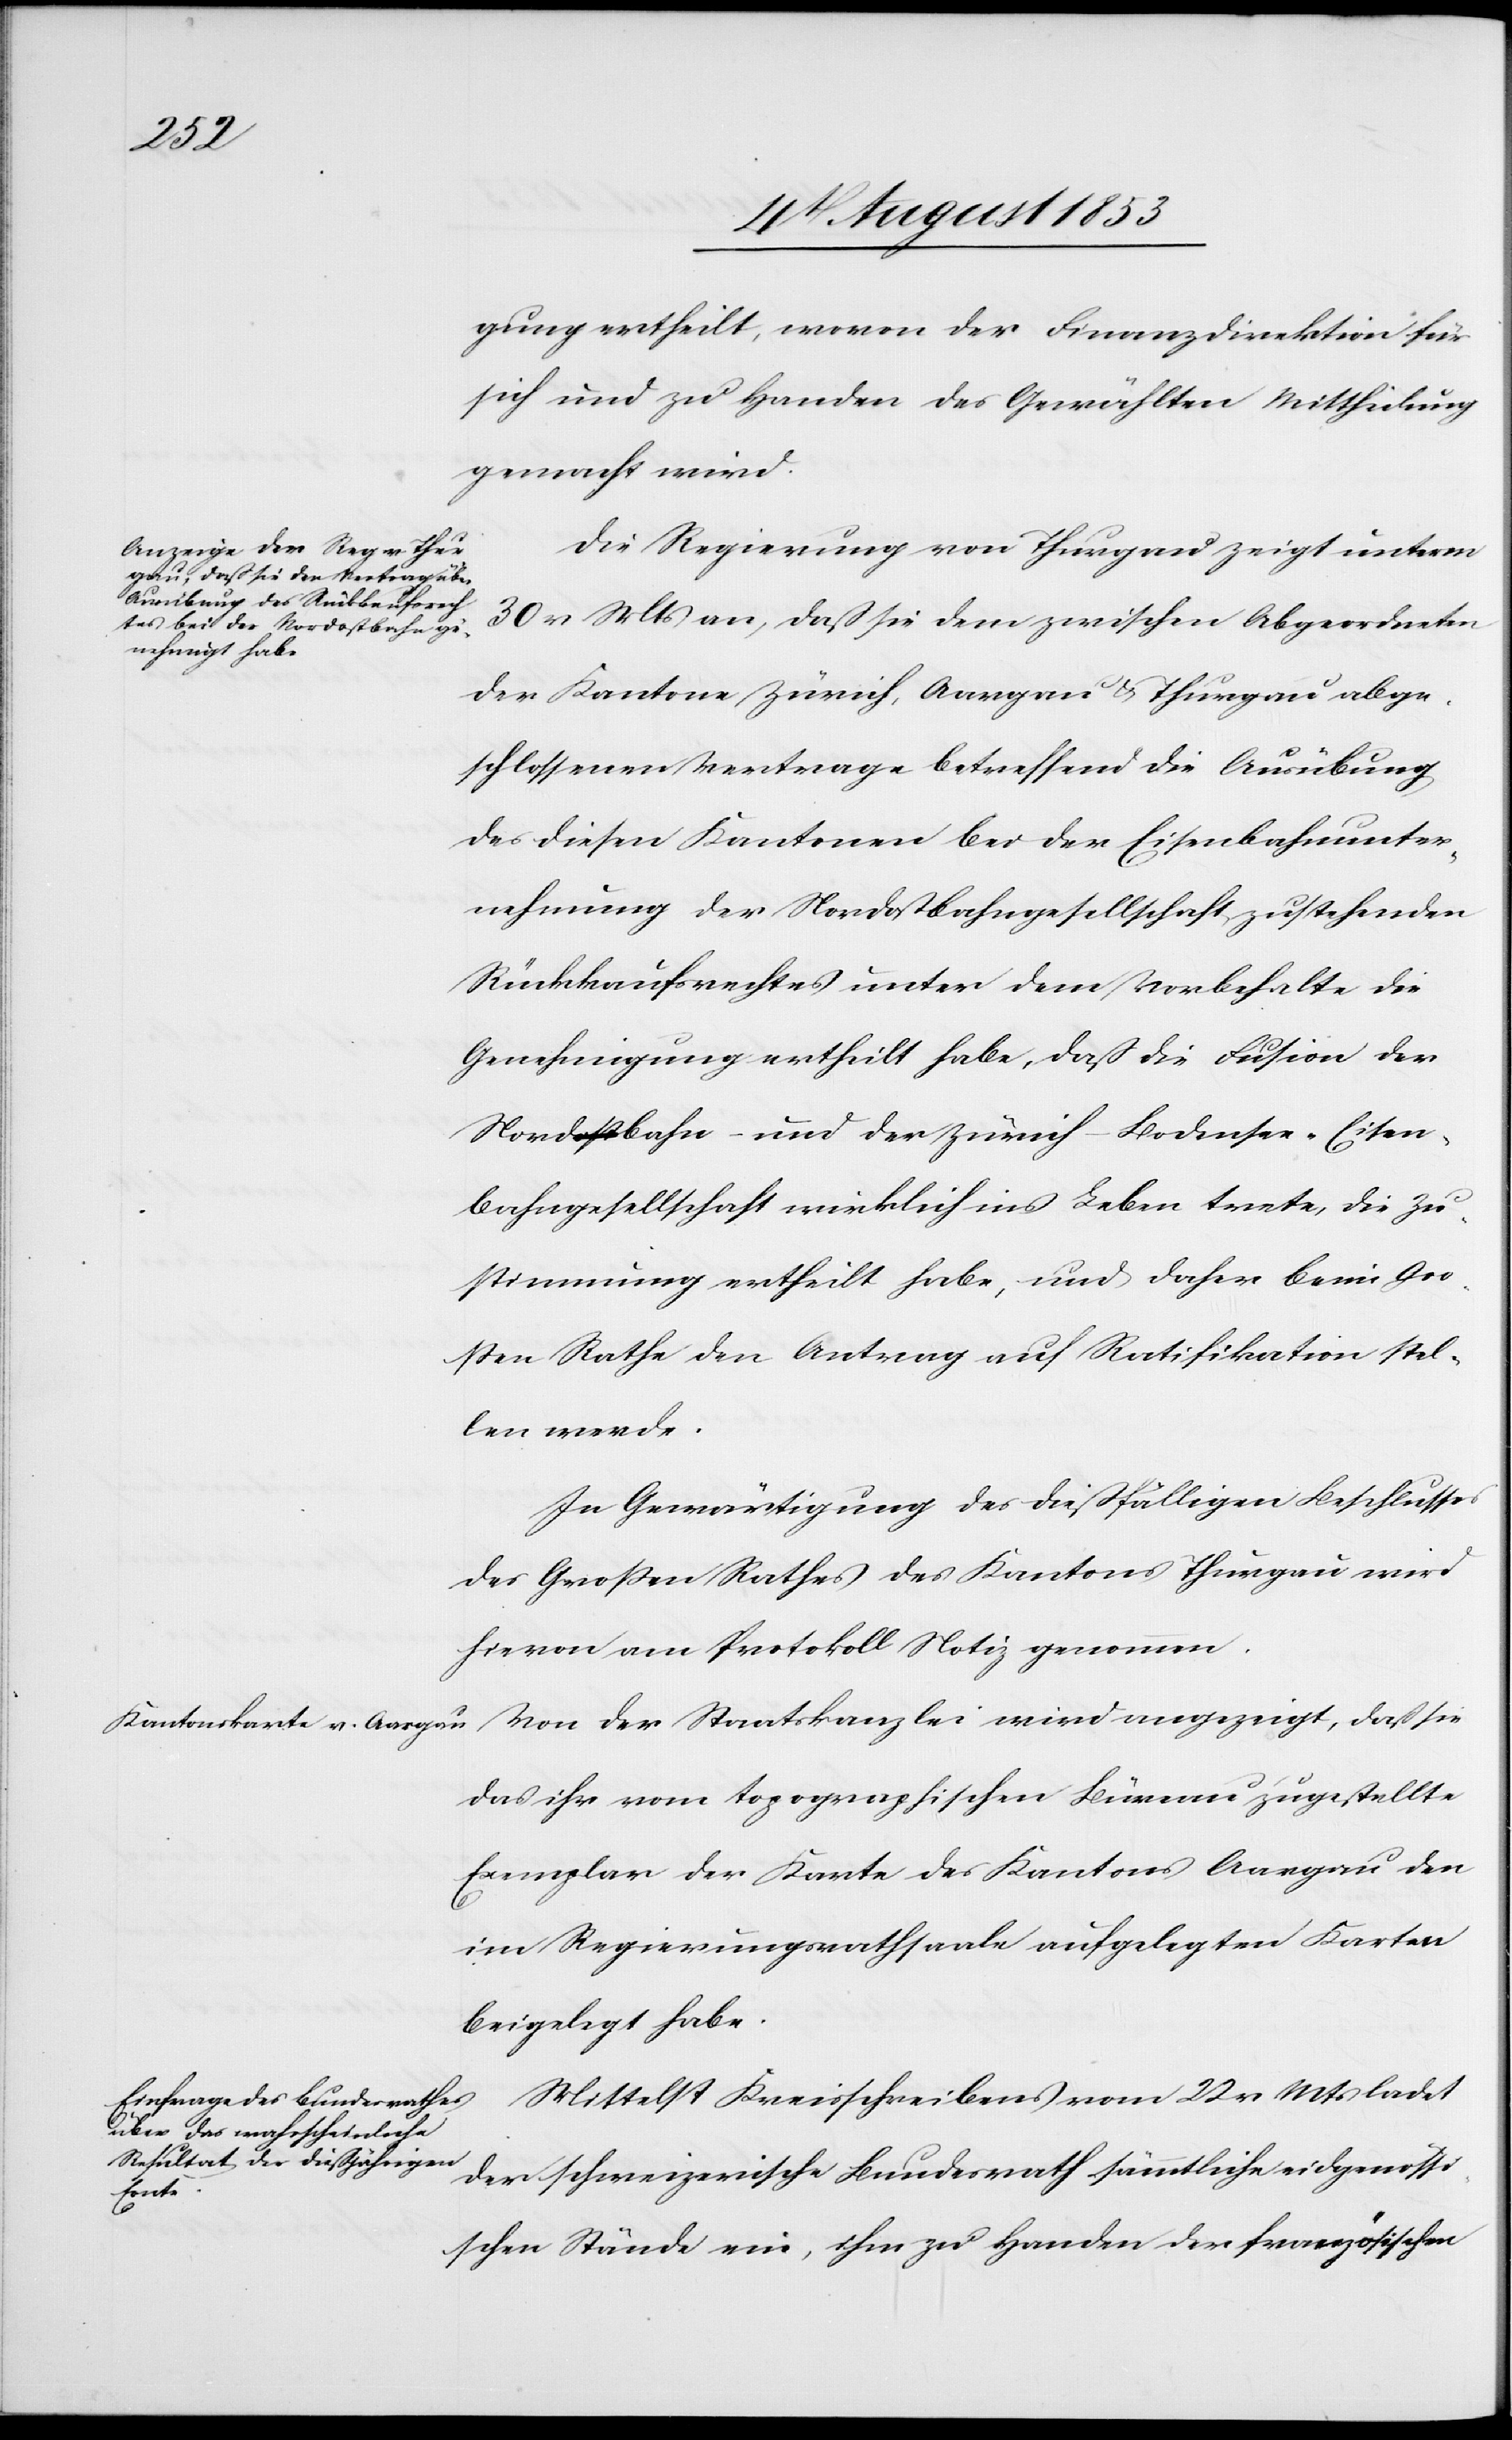
gung ertheilt, wovon der Finanzdirektion für
sich und zu Handen der Gewählten Mittheilung
gemacht wird.
Die Regierung von Thurgau zeigt unterm
30 v. Mts. an, daß sie dem zwischen Abgeordneten
der Kantone Zürich, Aargau u. Thurgau abge¬
schlossenen Vertrage betreffend Ausübung
des diesen Kantonen bei der Eisenbahnunter¬
nehmung der Nordostbahngesellschaft zustehenden
Rückkaufrechtes unter dem Vorbehalte die
Genehmigung ertheilt habe, daß die Fusion der
Nordbahn- und der Zürich-Bodensee-Eisen¬
bahngesellschaft wirklich ins Leben trete, die Zu¬
stimmung ertheilt habe, und daher beim Gro¬
ßen Rathe den Antrag auf Ratifikation stel¬
len werde.
In Gewärtigung des dießfälligen Beschlusses
des Großen Rathes des Kantons Thurgau wird
hievon am Protokoll Notiz genommen.
das ihr vom topographischen Büreau zugestellte
Exemplar der Karte des Kantons Aargau den
im Regierungsrathsaale aufgelegten Karten
beigelegt habe.
Mittelst Kreisschreiben vom 22 v. Mts. ladet
der schweizerische Bundesrath sämmtliche eidgenößi¬
sche Stände ein, ihm zu Handen der französischen